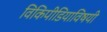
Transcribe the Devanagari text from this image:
विकिपीडियाविषयी